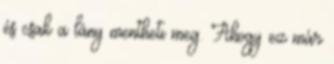
és csak a lány mentheti meg. Ahogy ez már